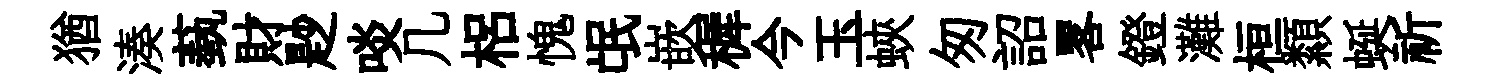
猶湊蓺財尟啖几梠愧氓嵌穉今玉蛺匆詔畧鐙灘桓纇蜒祈